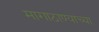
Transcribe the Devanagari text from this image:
मागाठाण्याच्या